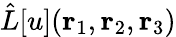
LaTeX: \hat{L}[u]({\mathbf{r}_{1}},{\mathbf{r}_{2}},{\mathbf{r}_{3}})